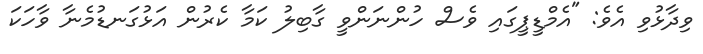
ވިދާޅުވި އެވެ: "އެމްޑީޕީގައި ވެސް ހުންނަންވީ ގާބިލު ކަމާ ކެރުން އަޅުގަނޑުމެނާ ވާހަކަ